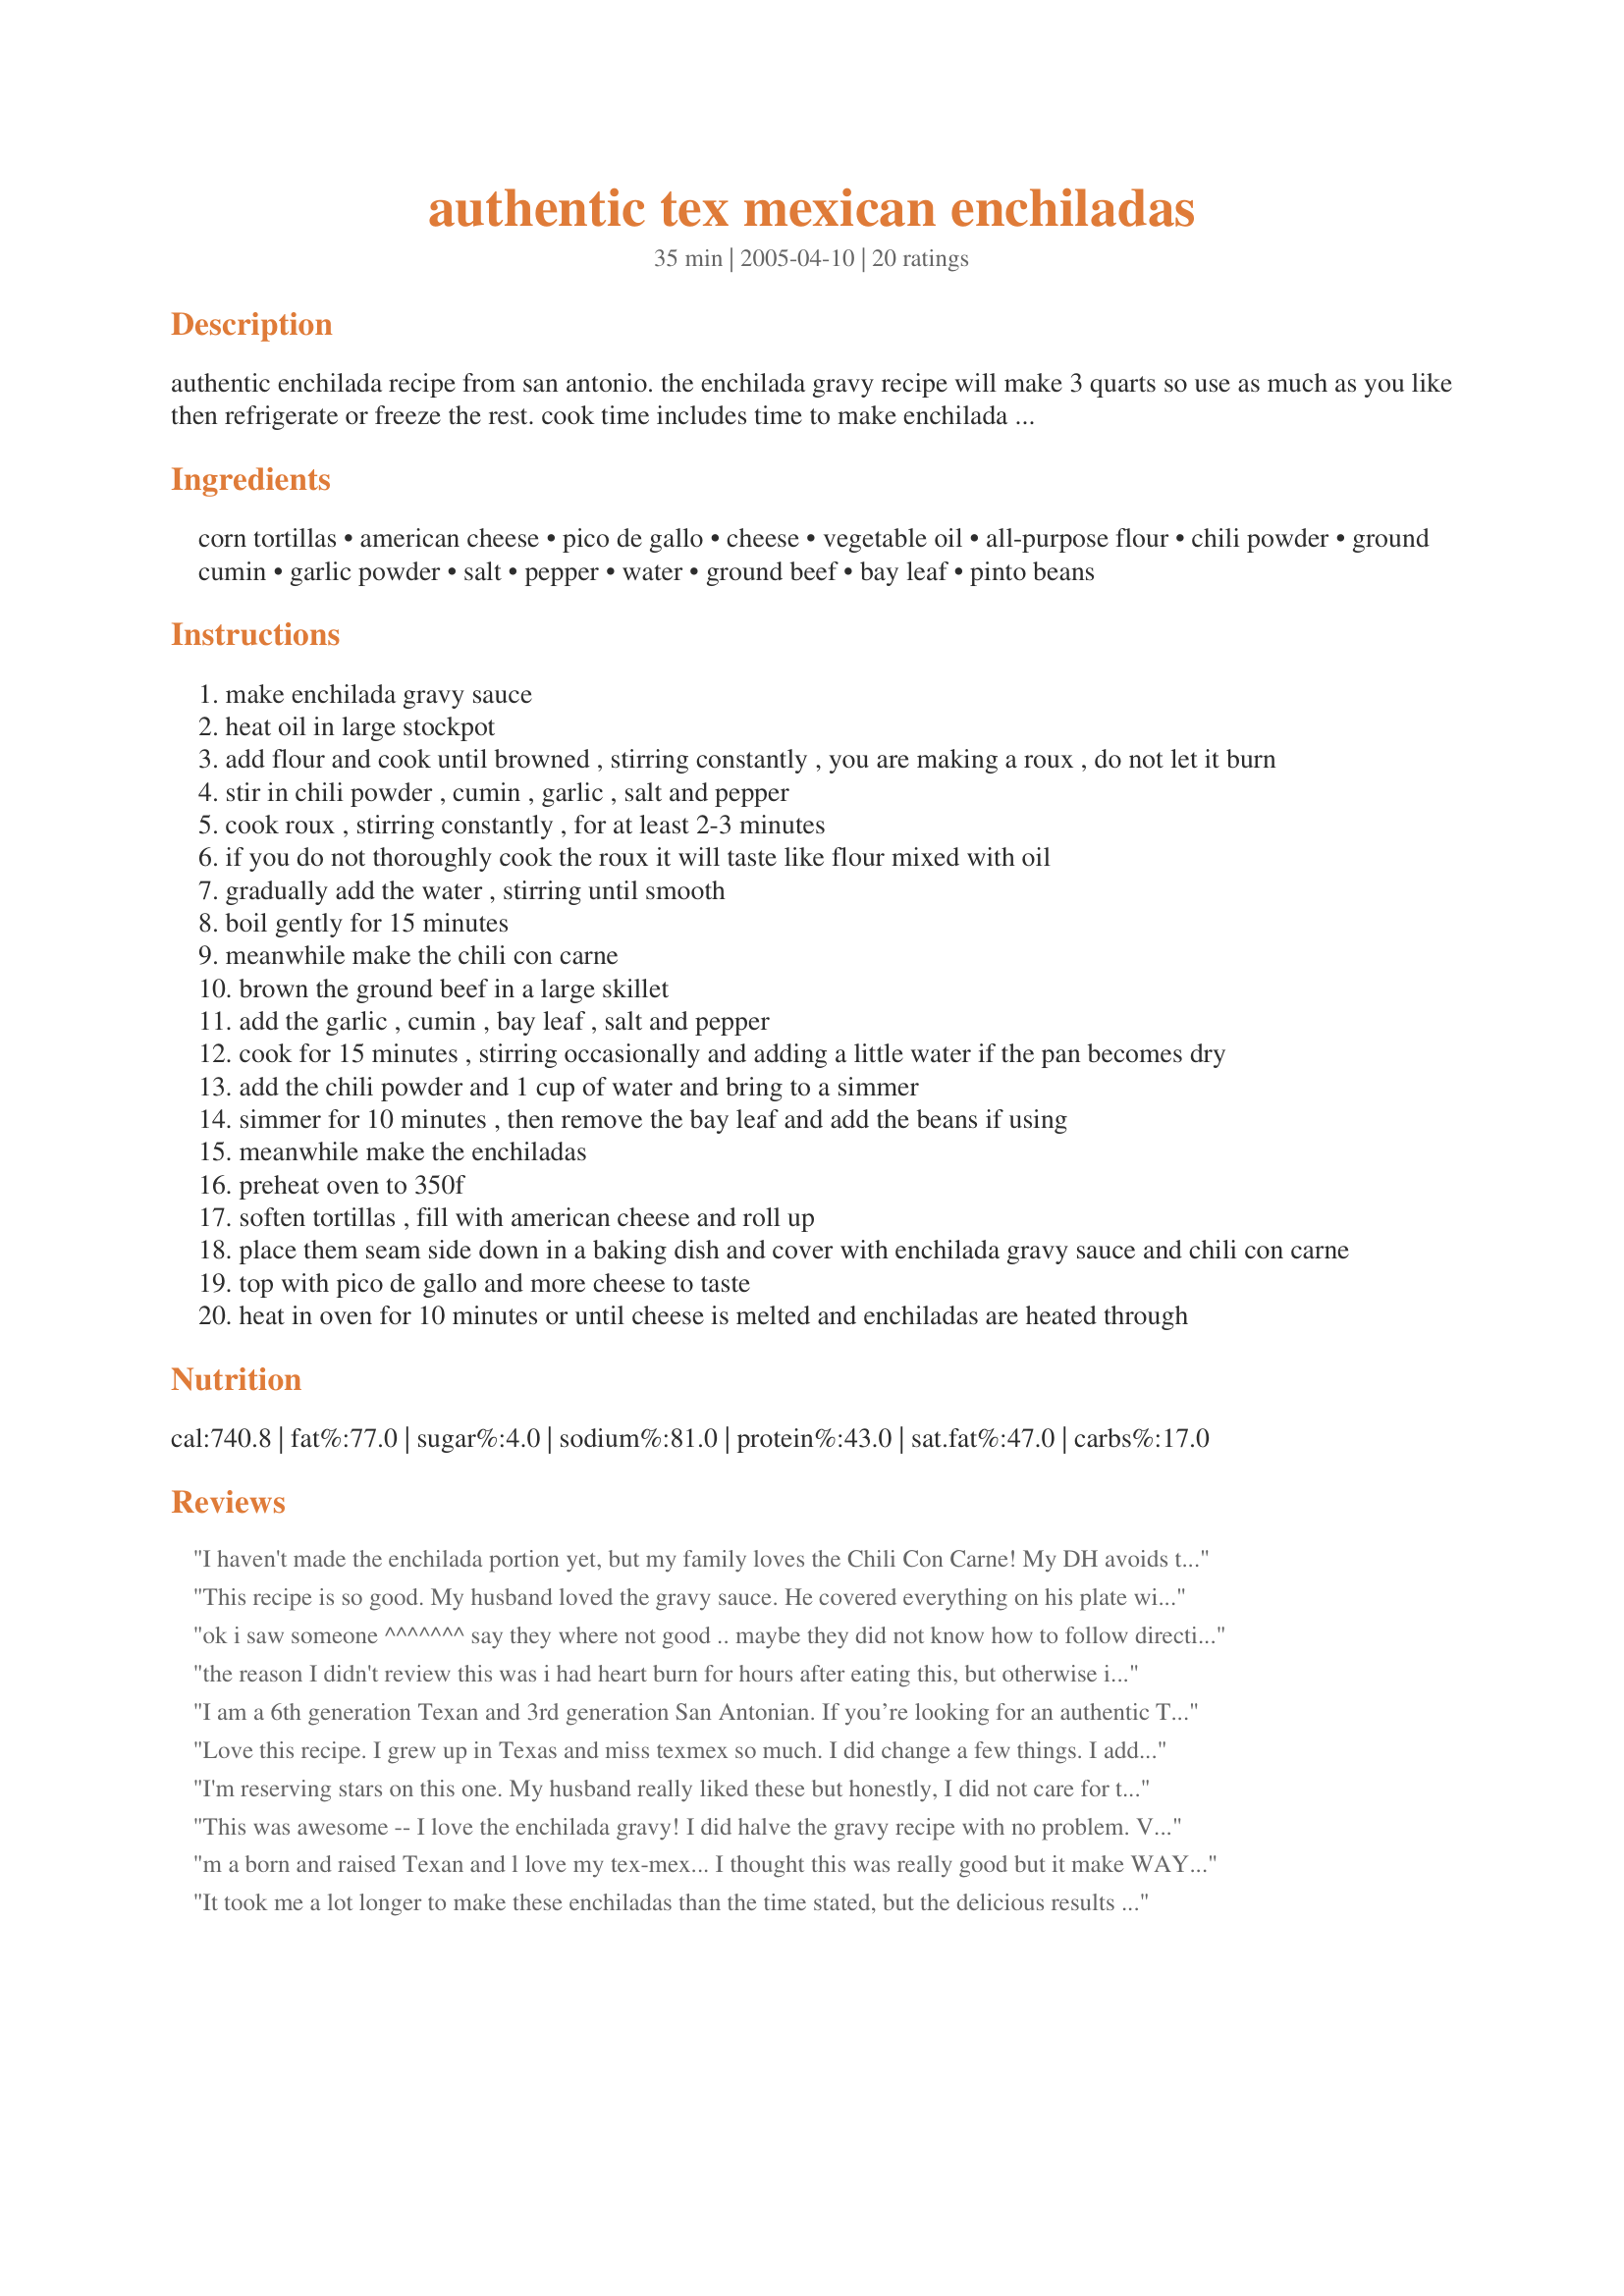
authentic tex mexican enchiladas
Preparation time: 35 minutes

authentic enchilada recipe from san antonio. the enchilada gravy recipe will make 3 quarts so use as much as you like then refrigerate or freeze the rest. cook time includes time to make enchilada gravy and chili con carne. prep time is the time to make the enchiladas. enchiladas can be frozen fully assembled then thawed and heated in the oven. this recipe looks complicated but it is so easy, just throw everything into two pots and simmer while rolling up the tortillas! substitute store-bought enchilada sauce for the tex-mex lovers, the enchilada gravy is some heavy stuff!

Ingredients:
corn tortillas, american cheese, pico de gallo, cheese, vegetable oil, all-purpose flour, chili powder, ground cumin, garlic powder, salt, pepper, water, ground beef, bay leaf, pinto beans

Steps:
make enchilada gravy sauce
heat oil in large stockpot
add flour and cook until browned , stirring constantly , you are making a roux , do not let it burn
stir in chili powder , cumin , garlic , salt and pepper
cook roux , stirring constantly , for at least 2-3 minutes
if you do not thoroughly cook the roux it will taste like flour mixed with oil
gradually add the water , stirring until smooth
boil gently for 15 minutes
meanwhile make the chili con carne
brown the ground beef in a large skillet
add the garlic , cumin , bay leaf , salt and pepper
cook for 15 minutes , stirring occasionally and adding a little water if the pan becomes dry
add the chili powder and 1 cup of water and bring to a simmer
simmer for 10 minutes , then remove the bay leaf and add the beans if using
meanwhile make the enchiladas
preheat oven to 350f
soften tortillas , fill with american cheese and roll up
place them seam side down in a baking dish and cover with enchilada gravy sauce and chili con carne
top with pico de gallo and more cheese to taste
heat in oven for 10 minutes or until cheese is melted and enchiladas are heated through

Reviews:
I haven't made the enchilada portion yet, but my family loves the Chili Con Carne! My DH avoids tomatoes, so this really hit the spot for him.
This recipe is so good. My husband loved the gravy sauce. He covered everything on his plate with it and wanted to know where I got it. I will definitely make this again. I used ground turkey instead of ground beef (I try not to eat beef) and for once my husband didn't even notice that the meat was turkey!
ok i saw someone ^^^^^^^ say they where not good .. maybe they did not know how to follow directions .. because we are a family of 8. And every one loved them. they where s good i made 40 they all flew. super good .i did have to add more chili powder and salt but that is normal when u are following a home recipe. your directions where right on. thanks for a wonderful dinner ........
the reason I didn't review this was i had heart burn for hours after eating this, but otherwise it was good.
I am a 6th generation Texan and 3rd generation San Antonian. If you’re looking for an authentic Tex-Mex enchilada gravy recipe, don’t use this one. First there’s no reason to make 3 quarts unless you’ve tried the recipe and love it. There is way way too much flour, and you don’t put beans in or on enchiladas. This might appeal to people totally unfamiliar with TexMex but this is neither Mexican nor TexMex.
Love this recipe. I grew up in Texas and miss texmex so much. I did change a few things. I added more chili powder and salt and used 1 can if beef broth in sauce. I also used a can of beef broth in chili con Carne. And no beans. And used monterrey jack cheese instead of American.
I will make it again. Half the enchilada sauce next time, it makes a ton of sauce.
Thanks for recipe. Felt close to home while eating.
I'm reserving stars on this one. My husband really liked these but honestly, I did not care for them at all. There is a lot of flour in the gravy which made it much too thick and really put me off. Even with good chili powder, the gravy is very mild. I would reduce the flour and increase the chili powder to fit my tastes. I also thought there was way too much meat in the dish. Omitted the beans and used more like 12 corn tortillas. Made a half recipe of the enchilada gravy and still had too much for a 13x9 pan. I love trying new recipes, though, and appreciate your sharing yours!
This was awesome -- I love the enchilada gravy! I did halve the gravy recipe with no problem. Very easy to put together. Served with rajas con queso and spanish rice. Great dish! Thanks for sharing.
m a born and raised Texan and l love my tex-mex... I thought this was really good but it make WAY too much gravy and mine was really thick right off the bat... I would do these again but reduce the flower and half the gravy recipe
It took me a lot longer to make these enchiladas than the time stated, but the delicious results were well worth it. I halved the gravy sauce ingredient amounts (still ended up with two or three cups extra) and used black beans instead of pintos in the chili con carne. The dish was prepared in advance and refrigerated before baking. My family really enjoyed Los Barrios Mexican Enchiladas. Thanks for a great recipe!
I live near San Antonio and have eaten Los Barrios a number of times. I have made this recipe two or three times. DH and I liked it and the in-laws (living several states away from good tex-mex) really enjoyed it. 

As another reviewer commented, the enchilada gravy IS bland and isn't intended to stand on it's own. For a spicier, more interesting sauce, I suggest a ranchera. I made the gravy and decided not to use it for a few days. If stored, plan on needing to warm it up and thin it with water. I cooked the chili longer to develop the flavor more. Depending on your tastes, you may want a little less chili powder. If you don't have pico de gallo, you can top this with regular picante sauce, like Pace's, or fresh, chopped tomato. I recommend sour cream and guacamole on the side. 

Delicioso!
Husband and kids liked it. The consistency of the gravy they didnt care for. I have to agree with one other post. The roux threw me off with that much flour and oil but I followed the recipe anyway. I only used about half on 12 enchiladas in a 9x12 pan. They were a bit bland and soggy for my liking. I will make these again with a little tweaking. Thank you for sharing this.
I have been looking for this recipe for years, thank you for sharing! I would personally add chopped onions either in or on top of the enchiladas. As well, my secret is to use Land O Lakes American cheese. I've only found it in the deli section, (at Walmart recently), and buy it by the block, grate myself. I live in Austin area, and almost asked people in the grocery store today for a recipe! Thank you, you saved me, and we WILL be having enchiladas this week for dinner.
I'm not going to rate this recipe as we only made the enchilada gravy and to be completely honest it was awful. Maybe its just our taste buds but i followed the directions exactly and all we tasted was flour and oil. We have a mexican restaurant in town that serves chili gravy so i thought maybe this would be similiar but it was far from it. Sorry but this didn't go over well with anyone in my family.
Definitely tasted like restaurant enchiladas. Halved the gravy but upped the chili powder and salt. May try broth next time instead of water. Used Co Jack cheese and added chopped onion.
I made the gravy part for enchiladas last night. I halved the recipe and think I could have used more water to make the gravy thinner. The spices were right on for my family.
You're an enabler. Thanks to you, I blew my diet again. One day I'm going to diet for 24 hours straight. I cut the sauce in half and we managed to snort all of it up with these awesome enchiladas. I did burn the sauce the first time, so you're right, you gotta be careful. Absolutely delicious beyond words.
This was very very good! Thanks for sharing!
Delicious! I followed the measurements thinking &#039;that sure is a lot of rue.&#039; I added a little extra oil since 1:2 ratio was too thick to manage. I cooked it until it was almost as dark as milk chocolate. Then thinned it with chicken stock. By the time I had the right gravy consistency, I had lots more than two quarts - just added more chicken stock until it thinned out. Added more of the dry ingredients in the required ratio but I don&#039;t think I actually doubled them. It took a lot longer than 30 minutes, but I was getting things ready a day ahead of time. This is by far the best sauce I&#039;ve ever made and I&#039;ll use it often.&lt;br/&gt;&lt;br/&gt;The meat was good too. I tripled the recipe and added 3 roasted pablano peppers. With all that sauce we had cheese enchiladas with and without the meat in the gravy. I also rolled the meat into beef enchiladas to top with gravy and cheese. Thank goodness we all love tex-mex, but next time I&#039;ll start with half the rue (I&#039;ve still got a quart left over).
My husband wanted to give this 3 stars, but he doesn't have a Zaar account, so I win with my 4. I think he was just bitter because he had to help me cook tonight. You know, Friday night after work, all he wanted to do was eBay... Bah! The gravy here was interesting and I was a little worried when I tasted it alone, but with the enchiladas, it worked well. Like another reviewer, it took us a lot longer to put together and I would probably add chopped onions to the cheese inside as well. I used a medium-heat roasted garlic salsa which I recommend to enhance the flavor. Nice recipe which I'll make again with subtle changes. Thank you!
